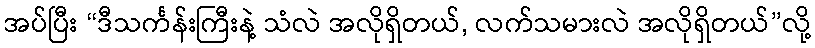
အပ်ပြီး “ဒီသင်္ကန်းကြီးနဲ့ သံလဲ အလိုရှိတယ်, လက်သမားလဲ အလိုရှိတယ်”လို့